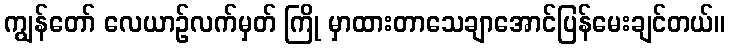
ကျွန်တော် လေယာဉ်လက်မှတ် ကြို မှာထားတာသေချာအောင်ပြန်မေးချင်တယ်။